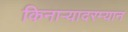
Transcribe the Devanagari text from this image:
किनाऱ्यादरम्यान